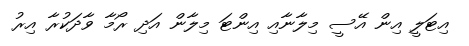
އިޓަލީ އިން އޭސީ މިލާނާއި އިންޓަ މިލާން އަދި ރޯމާ ވާދަކުރާ އިރު